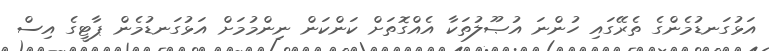
އަޅުގަނޑުމެންގެ ތެރޭގައި ހުންނަ އުޞޫލުތަކާ އެއްގޮތަށް ކަންކަން ނިންމުމަށް އަޅުގަނޑުމެން ޕާޓީގެ އިސް